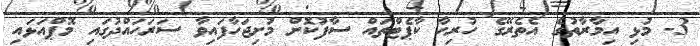
3- މުޅި އިމާރާތުގެ އެތެރޭގެ ހުރިހާ ކާޕެޓްތައް ސާފުކޮށް މުށިޖަހާފައިވާ ސަރަހައްދުގައި މޮޕްއަޅައި